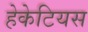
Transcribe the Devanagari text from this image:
हेकेटियस